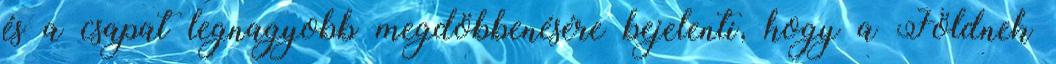
és a csapat legnagyobb megdöbbenésére bejelenti, hogy a Földnek